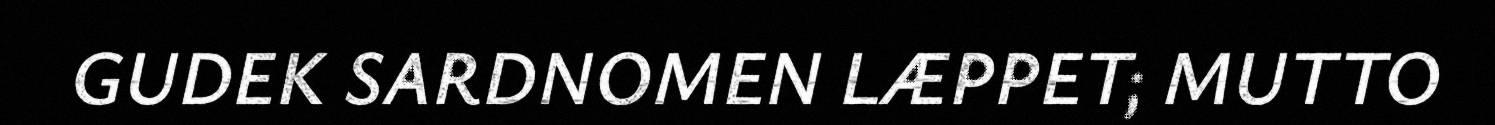
GUDEK SARDNOMEN LÆPPET; MUTTO